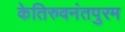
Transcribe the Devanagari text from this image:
केतिरुवनंतपुरम